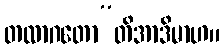
တထာဂတော”တိအာဒိမာဟ။